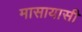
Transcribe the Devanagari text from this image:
मासायासी